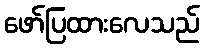
ဖော်ပြထားလေသည်